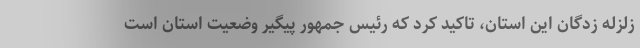
زلزله زدگان این استان، تاکید کرد که رئیس جمهور پیگیر وضعیت استان است